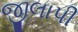
જીલાપી